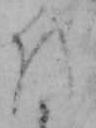
を